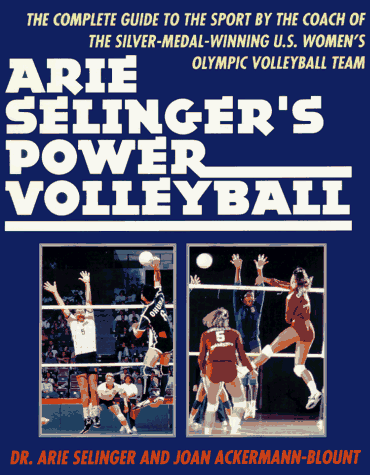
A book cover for Arie Selenger's Power Volleyball; Arie Selenger; Sports & Outdoors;